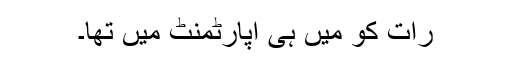
رات کو میں ہی اپارٹمنٹ میں تھا۔